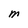
Character: M